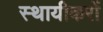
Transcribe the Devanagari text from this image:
स्थायीकरों